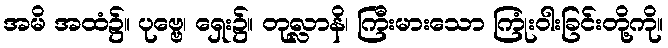
အမိ အထံ၌။ ပုဗ္ဗေ၊ ရှေး၌။ တုလ္လာနိ၊ ကြီးမားသော ကြုံးဝါးခြင်းတို့ကို။